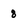
Character: 8